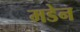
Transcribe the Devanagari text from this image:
मडेन